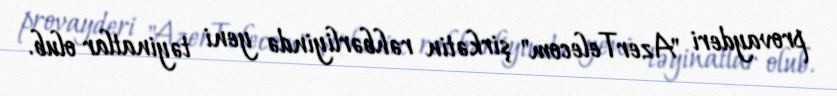
provayderi "AzerTelecom" şirkətin rəhbərliyində yeni təyinatlar olub.